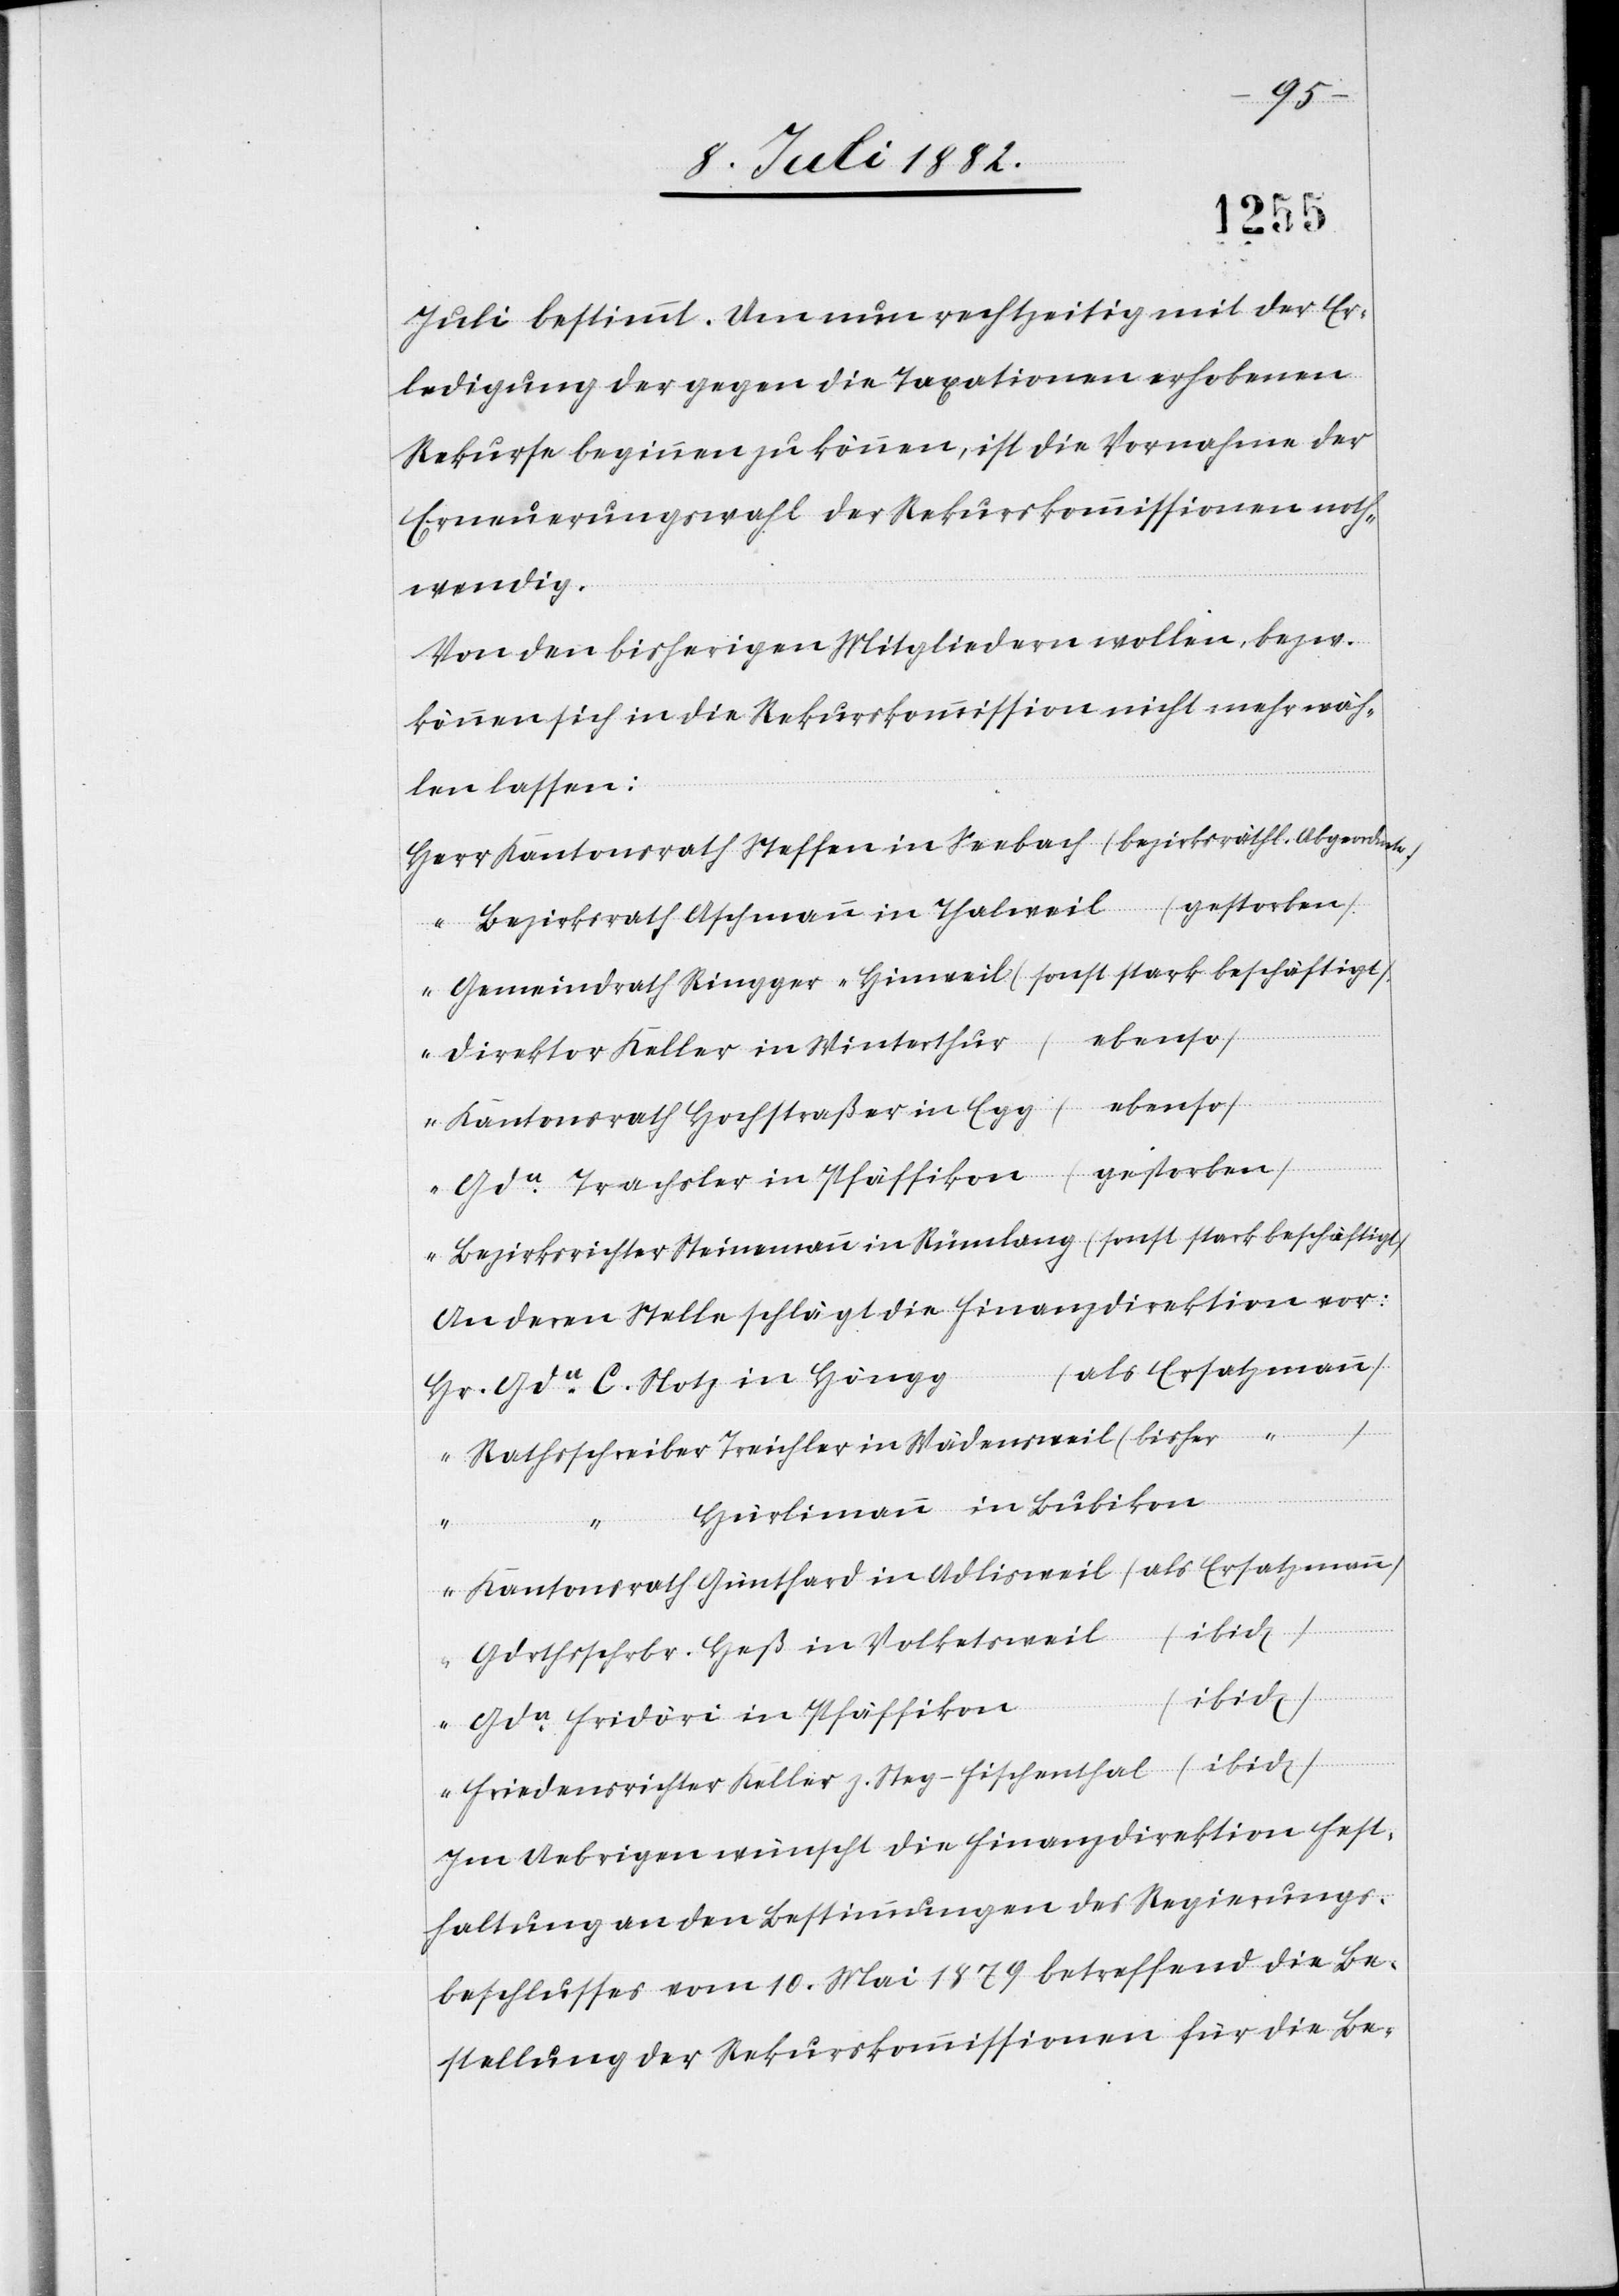
Hr.
Raths¬
Juli bestimmt. Um nun rechtzeitig mit der Er¬
ledigung der gegen die Taxationen erhobenen
Rekurse beginnen zu können, ist die Vornahme der
Erneuerungswahl der Rekurskommissionen noth¬
wendig.
Von den bisherigen Mitgliedern wollen, bezw.
können sich in die Rekurskommission nicht mehr wäh¬
len lassen:
Kantonsrath Steffen in Seebach (bezirksräthl. Abgeordneter)
Bezirksrath Aschmann in Thalweil (gestorben)
“
Gemeindrath Ringger – Hinweil (sonst stark beschäftigt)
Direktor Keller in Winterthur (ebenso)
Kantonsrath Hochstraßer in Egg (ebenso)
Gda Trachsler in Pfäffikon (gestorben)
Bezirksrichter Steinemann in Rümlang (sonst stark beschäftigt)
An deren Stelle schlägt die Finanzdirektion vor:
(als Ersatzmann)
(bisher
Gda C. Notz in Höngg
Hürlimann in Bubikon
Wädensweil
Kantonsrath Günthard in Adlisweil (als Ersatzmann)
Gdrthsschrbr. Heß in Volketsweil (ibid)
(ibid)
Gda Fridöri in Pfäffikon
Friedensrichter Keller z. Steg - Fischenthal (ibid)
Im Uebrigen wünscht die Finanzdirektion Fest¬
haltung an den Bestimmungen des Regierungs¬
beschlusses vom 10. Mai 1879 betreffend die Be¬
stellung der Rekurskommissionen für die Be-